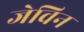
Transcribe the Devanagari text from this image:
जेविन